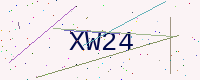
Text: XW24